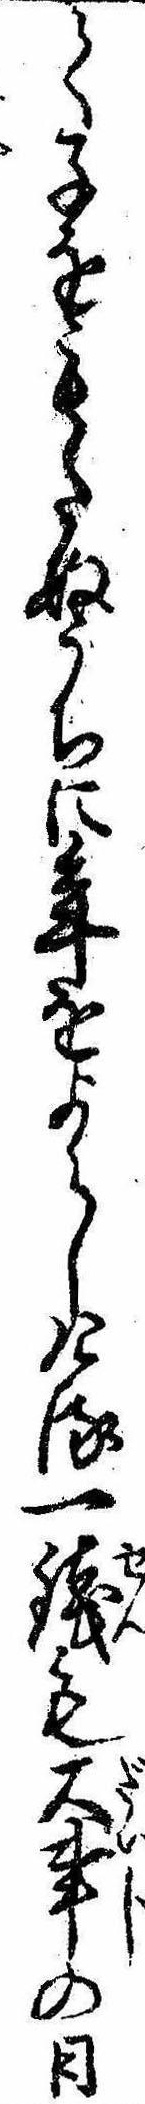
て子をもたぬうちに年をよらしける一銭も大事の日